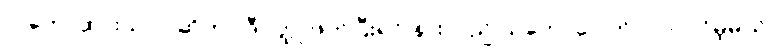
သဘောထားသလဲ ဆိုတာ ဒီဝတ္ထု ဖတ်ပြီးရင် နားလည် သဘောပေါက်လာပါလိမ့်မယ်။